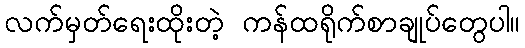
လက်မှတ်ရေးထိုးတဲ့ ကန်ထရိုက်စာချုပ်တွေပါ။